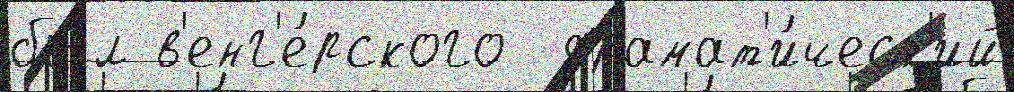
был в'енг'е́рского  драмат'и́ческ'ий